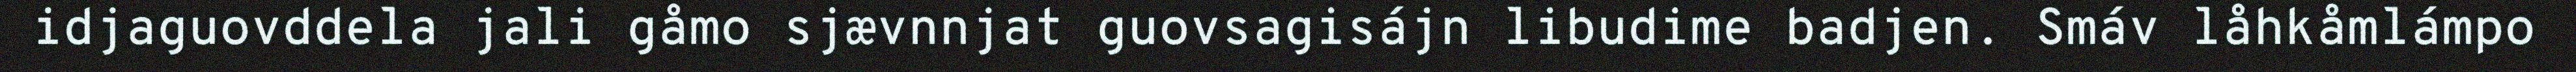
idjaguovddela jali gåmo sjævnnjat guovsagisájn libudime badjen. Smáv låhkåmlámpo